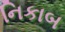
નિકાબ